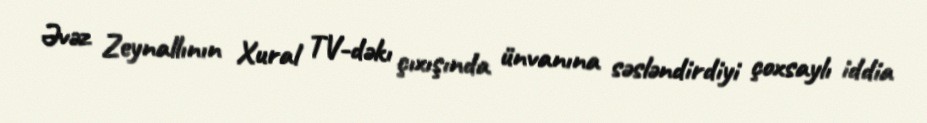
Əvəz Zeynallının Xural TV-dəkı çıxışında ünvanına səsləndirdiyi çoxsaylı iddia